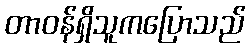
တာဝန်ရှိသူကပြောသည်